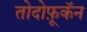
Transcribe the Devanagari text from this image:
तोदोफ़ूकॅन